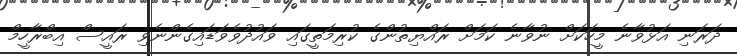
ދަރަނި އަޅުވާނެ މީހަކަށް ނުވާނެ ކަމަށް ރައްޔިތުންގެ ކުރިމަތީގައި ވައުދުވެވަޑައިގެންނެވި ރައީސް އިބްރާހީމް